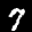
Label: 7